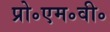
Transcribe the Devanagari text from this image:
प्रो॰एम॰वी॰